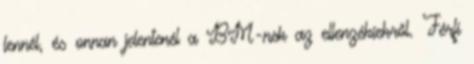
lennél, és onnan jelentenél a BM-nek az ellenzékiekről. Férfi